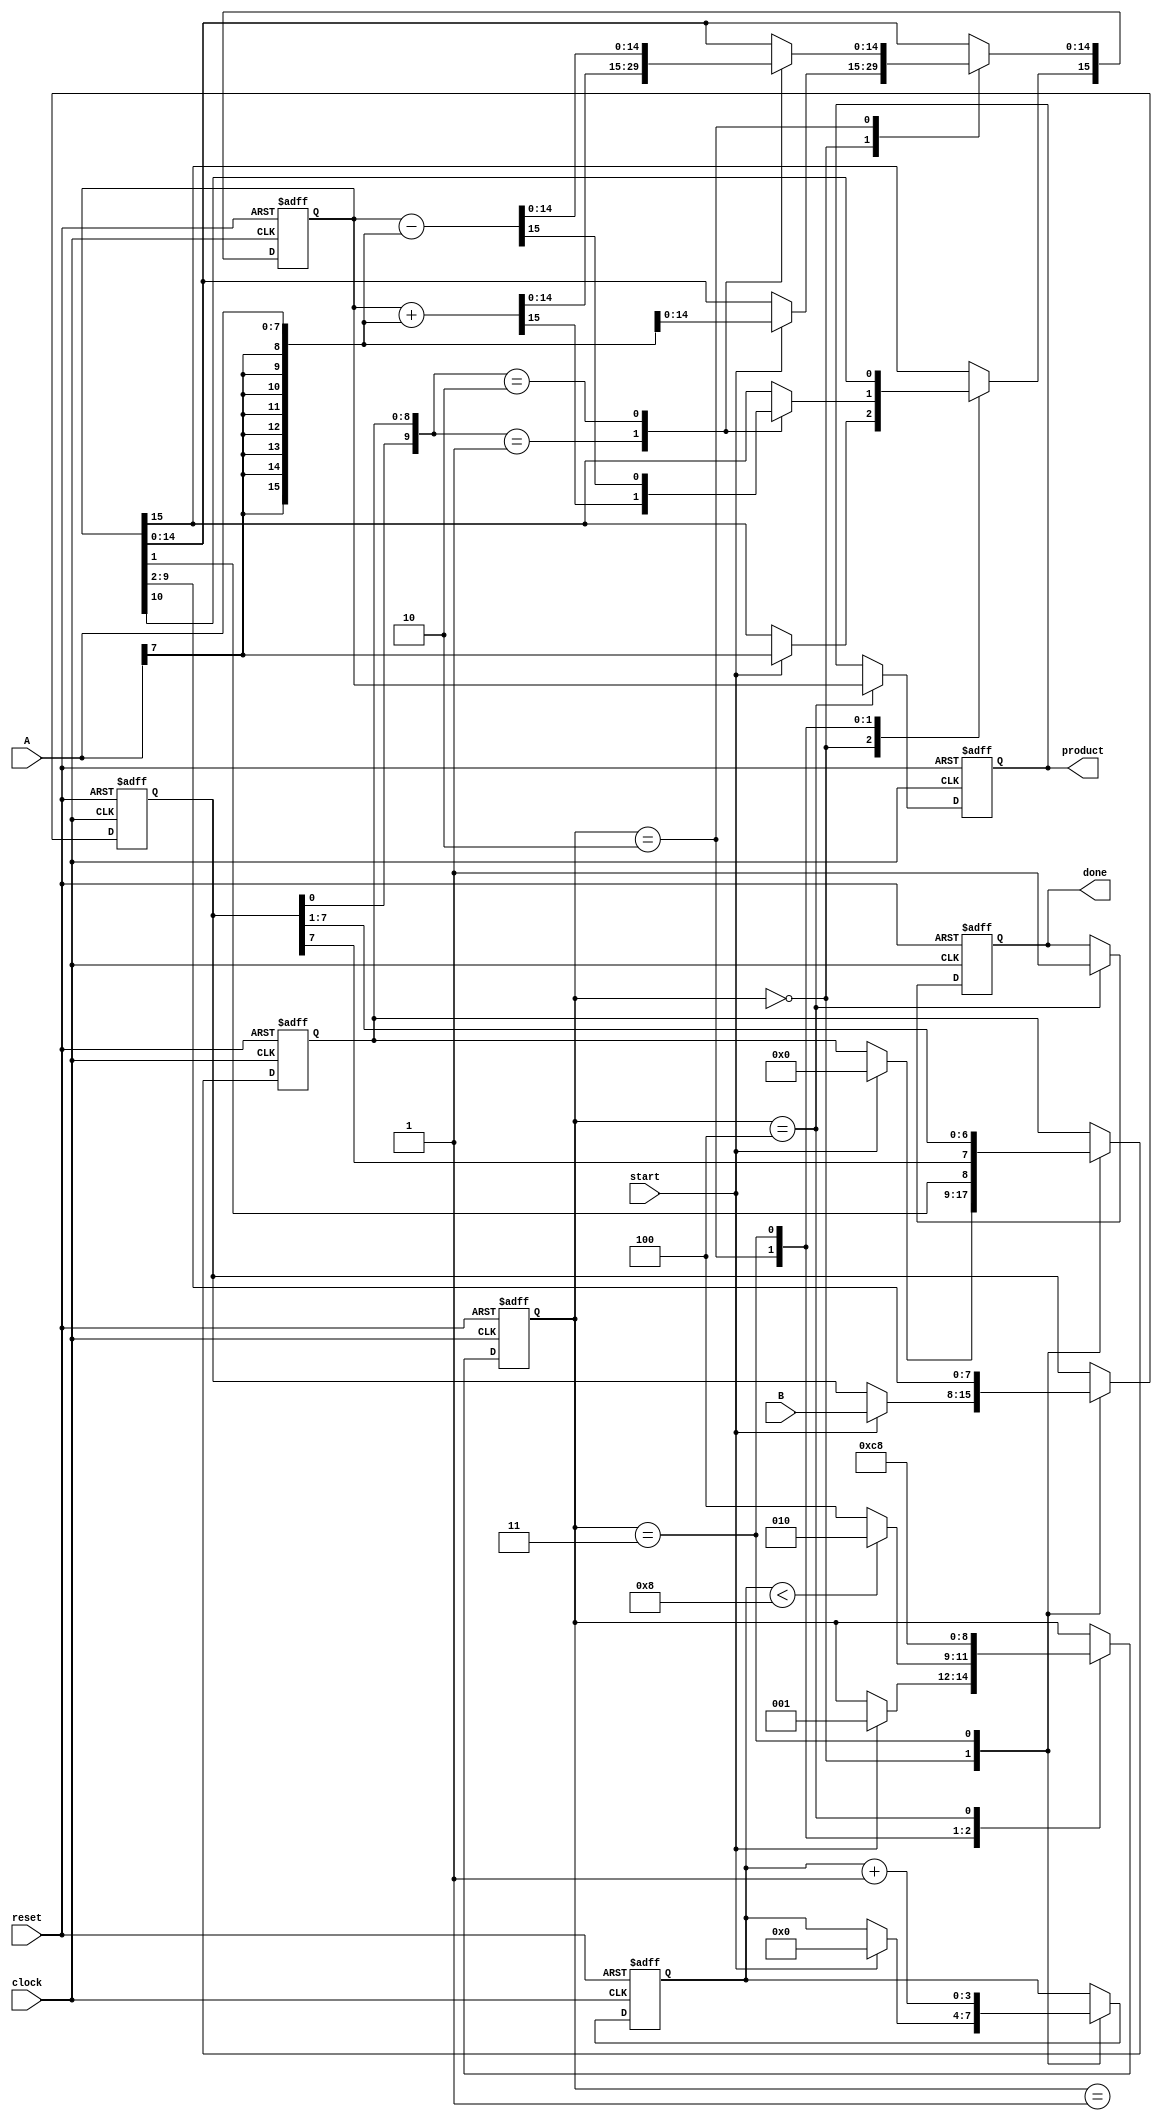
module booth_multiplier #(
    parameter WIDTH_A = 8,  // Width of multiplicand
    parameter WIDTH_B = 8   // Width of multiplier
)(
    input  wire [WIDTH_A-1:0] A,      // Multiplicand
    input  wire [WIDTH_B-1:0] B,      // Multiplier
    input  wire start,                  // Start signal
    input  wire clock,                  // Clock signal
    input  wire reset,                  // Reset signal
    output reg [WIDTH_A + WIDTH_B - 1:0] product, // Product output
    output reg done                    // Done signal
);

    // Internal registers
    reg [WIDTH_A + WIDTH_B - 1:0] P;  // Accumulator
    reg [WIDTH_B-1:0] Q;               // Multiplier
    reg [WIDTH_B:0] Q_1;               // Previous bit of multiplier
    reg [3:0] count;                   // Count for iterations
    reg [2:0] state;                   // FSM state

    // Define states
    localparam IDLE = 3'b000,
               LOAD = 3'b001,
               CALC = 3'b010,
               SHIFT = 3'b011,
               DONE = 3'b100;

    // Reset and state machine
    always @(posedge clock or posedge reset) begin
        if (reset) begin
            P <= 0;
            Q <= 0;
            Q_1 <= 0;
            count <= 0;
            state <= IDLE;
            product <= 0;
            done <= 0;
        end else begin
            case (state)
                IDLE: begin
                    if (start) begin
                        P <= { {WIDTH_A{A[WIDTH_A-1]}}, A }; // Sign extend A
                        Q <= B;
                        Q_1 <= 0; // Initialize Q_1 to 0
                        count <= 0;
                        state <= LOAD;
                    end
                end
                
                LOAD: begin
                    if (count < WIDTH_B) begin
                        state <= CALC;
                    end else begin
                        state <= DONE;
                    end
                end
                
                CALC: begin
                    case ({Q[0], Q_1}) // Check the last two bits
                        2'b01: P <= P + { {WIDTH_A{A[WIDTH_A-1]}}, A }; // Add A
                        2'b10: P <= P - { {WIDTH_A{A[WIDTH_A-1]}}, A }; // Subtract A
                        default: ; // Do nothing for 00 and 11
                    endcase
                    state <= SHIFT;
                end
                
                SHIFT: begin
                    // Arithmetic right shift
                    {P[WIDTH_A + WIDTH_B - 1], Q, Q_1} <= {P[WIDTH_A + WIDTH_B - 1], P[WIDTH_A + WIDTH_B - 1:1], Q[WIDTH_B-1], Q[WIDTH_B-1:1]};
                    count <= count + 1;
                    state <= LOAD;
                end
                
                DONE: begin
                    product <= P; // Store the final product
                    done <= 1; // Assert done signal
                    state <= IDLE; // Go back to IDLE state
                end
            endcase
        end
    end

endmodule